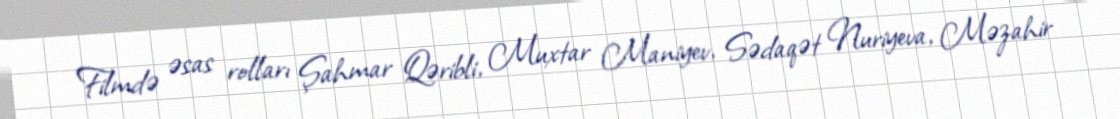
Filmdə əsas rolları Şahmar Qəribli, Muxtar Maniyev, Sədaqət Nuriyeva, Məzahir